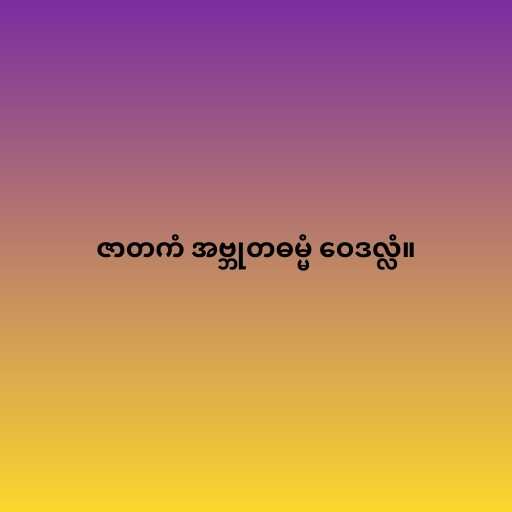
ဇာတကံ အဗ္ဘုတဓမ္မံ ဝေဒလ္လံ။